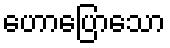
ဟောပြောသော